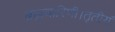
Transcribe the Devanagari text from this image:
ब्रह्मचारिणी।तृतीयं